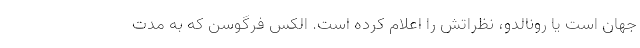
جهان است یا رونالدو، نظراتش را اعلام کرده است. الکس فرگوسن که به مدت